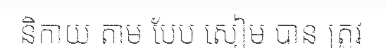
និកាយ តាម បែប សៀម បាន ត្រូវ